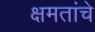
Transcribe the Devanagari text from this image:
क्षमतांचे